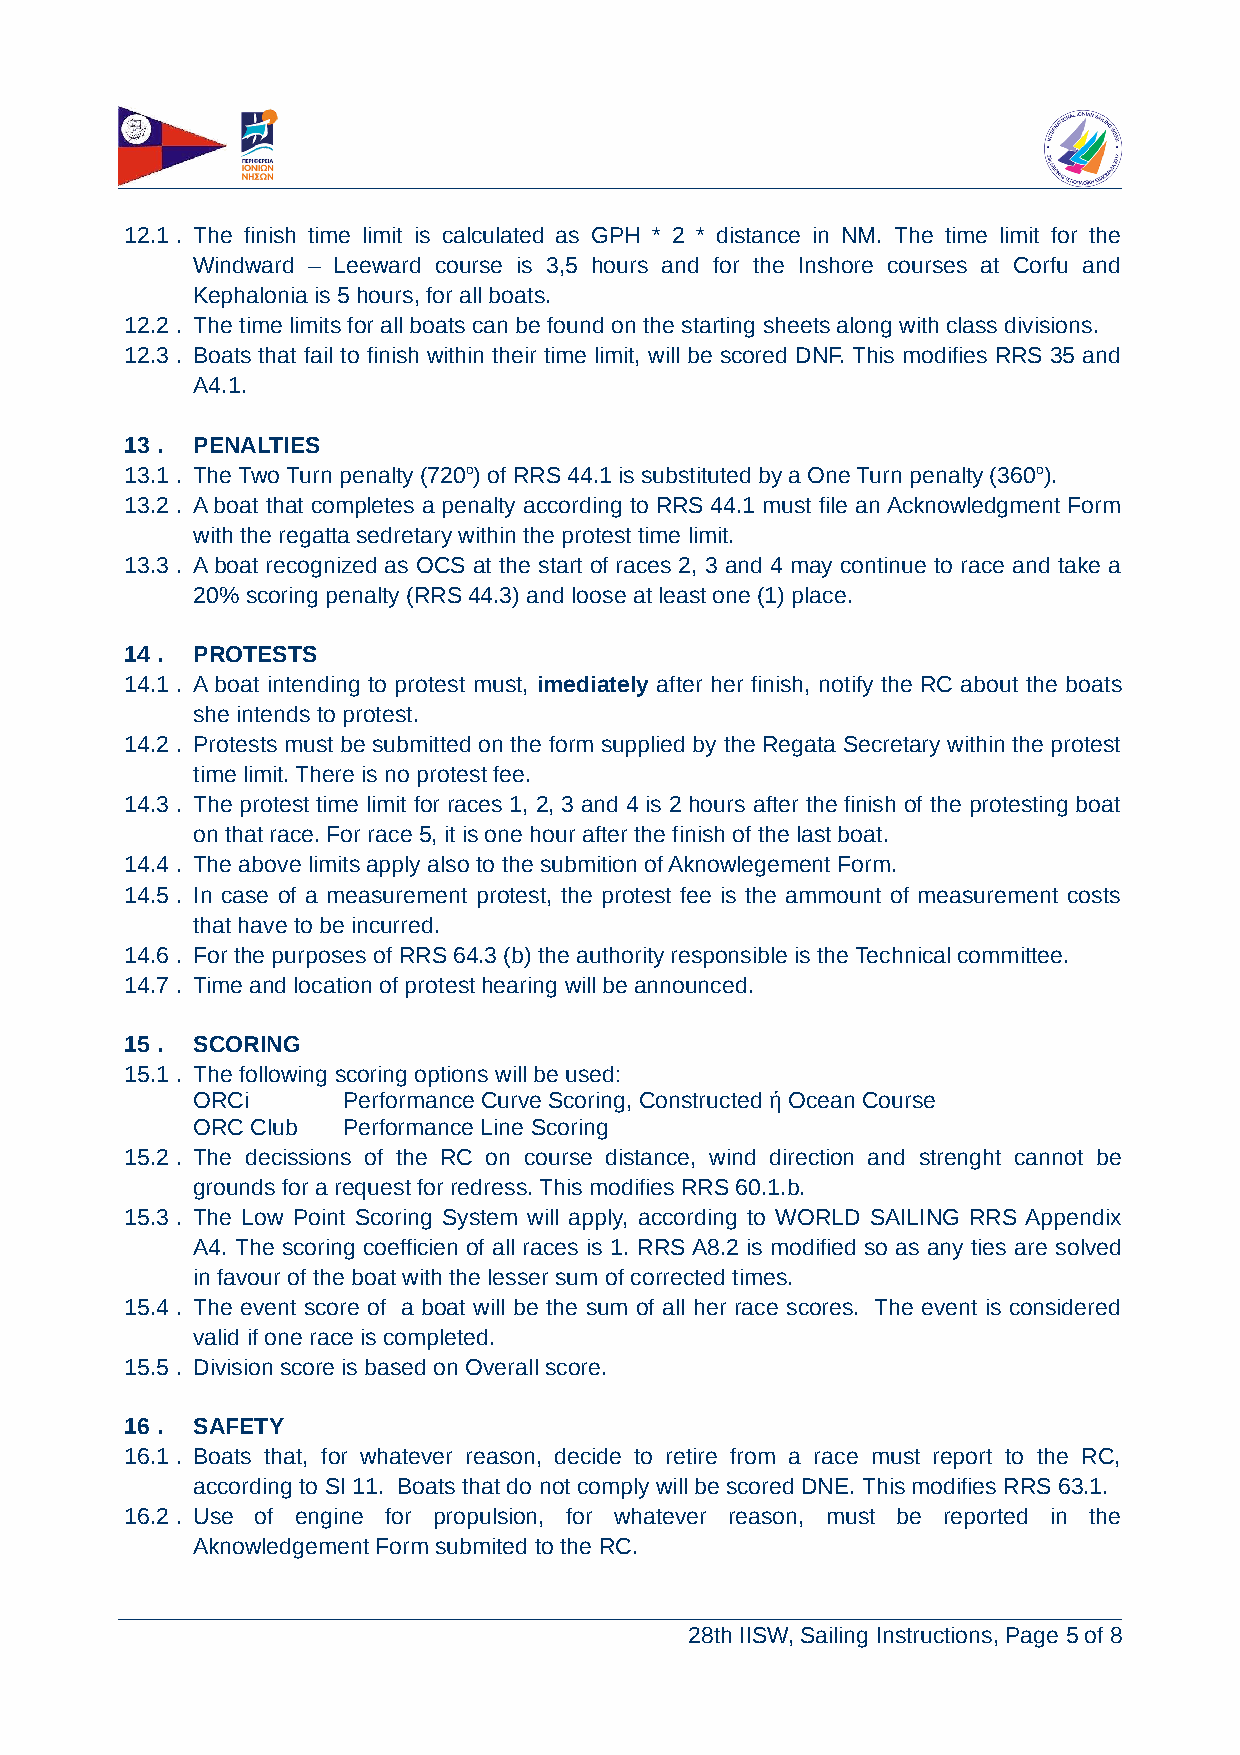
12.1 . The finish time limit is calculated as GPH * 2 * distance in ΝΜ. The time limit for the
 Windward – Leeward course is 3,5 hours and for the Inshore courses at Corfu and
 Kephalonia is 5 hours, for all boats.
 12.2 . The time limits for all boats can be found on the starting sheets along with class divisions.
 12.3 . Boats that fail to finish within their time limit, will be scored DNF. This modifies RRS 35 and
 Α4.1.
 13 . PENALTIES
 13.1 . The Two Turn penalty (720ο) of RRS 44.1 is substituted by a One Turn penalty (360ο).
 13.2 . A boat that completes a penalty according to RRS 44.1 must file an Acknowledgment Form
 with the regatta sedretary within the protest time limit.
 13.3 . A boat recognized as OCS at the start of races 2, 3 and 4 may continue to race and take a
 20% scoring penalty (RRS 44.3) and loose at least one (1) place.
 14 . PROTESTS
 14.1 . A boat intending to protest must, imediately after her finish, notify the RC about the boats
 she intends to protest.
 14.2 . Protests must be submitted on the form supplied by the Regata Secretary within the protest
 time limit. There is no protest fee.
 14.3 . The protest time limit for races 1, 2, 3 and 4 is 2 hours after the finish of the protesting boat
 on that race. For race 5, it is one hour after the finish of the last boat.
 14.4 . The above limits apply also to the submition of Aknowlegement Form.
 14.5 . In case of a measurement protest, the protest fee is the ammount of measurement costs
 that have to be incurred.
 14.6 . For the purposes of RRS 64.3 (b) the authority responsible is the Technical committee.
 14.7 . Time and location of protest hearing will be announced.
 15 . SCORING
 15.1 . The following scoring options will be used:
 ORCi      Performance Curve Scoring, Constructed ή Ocean Course
 ORC Club  Performance Line Scoring
 15.2 . The decissions of the RC on course distance, wind direction and strenght cannot be
 grounds for a request for redress. This modifies RRS 60.1.b.
 15.3 . The Low Point Scoring System will apply, according to WORLD SAILING RRS Appendix
 A4. The scoring coefficien of all races is 1. RRS A8.2 is modified so as any ties are solved
 in favour of the boat with the lesser sum of corrected times.
 15.4 . The event score of a boat will be the sum of all her race scores. The event is considered
 valid if one race is completed.
 15.5 . Division score is based on Overall score.
 16 . SAFETY
 16.1 . Boats that, for whatever reason, decide to retire from a race must report to the RC,
 according to SI 11. Boats that do not comply will be scored DNE. This modifies RRS 63.1.
 16.2 . Use of engine for propulsion, for whatever reason, must be reported in the
 Aknowledgement Form submited to the RC.
 28th IISW, Sailing Instructions, Page 5 of 8